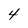
Character: 4